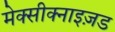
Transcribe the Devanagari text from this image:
मेक्सीक्नाइज़ड